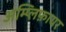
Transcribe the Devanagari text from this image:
अम्प्लिफ़ायर